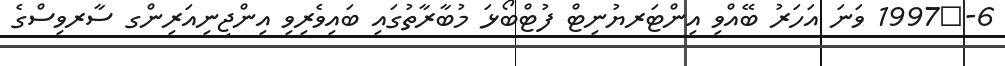
6-	1997 ވަނަ އަހަރު ބޭއްވި އިންޓަރޔުނިޓް ފުޓްބޯޅަ މުބާރާތުގައި ބައިވެރިވި އިންޖިނިއަރިންގ ސާރވިސްގެ